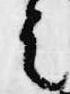
者